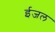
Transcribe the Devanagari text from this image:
ईजल